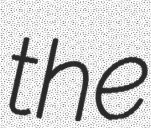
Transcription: the